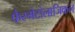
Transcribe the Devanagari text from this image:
फैस्मेटोलाजिकल